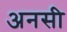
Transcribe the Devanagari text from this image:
अनसी